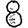
Digit: 8